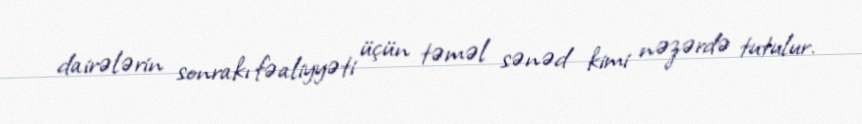
dairələrin sonrakı fəaliyyəti üçün təməl sənəd kimi nəzərdə tutulur.